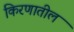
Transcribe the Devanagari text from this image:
किरणातील